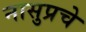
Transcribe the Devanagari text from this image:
नासुप्रचे